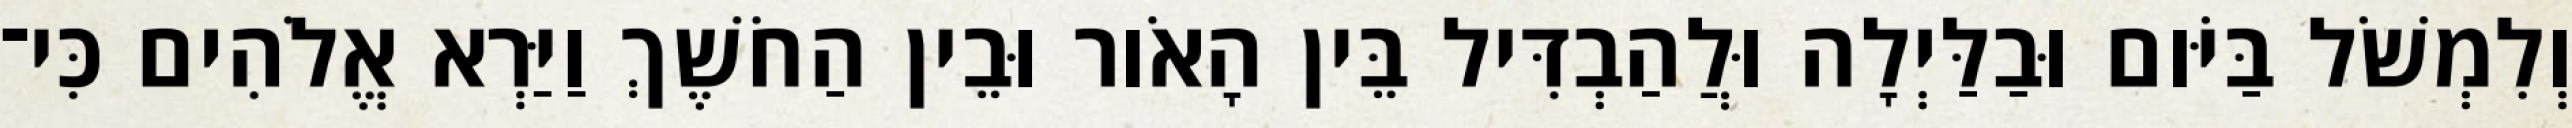
וְלִמְשֹׁל בַּיֹּום וּבַלַּיְלָה וּלֲהַבְדִּיל בֵּין הָאֹור וּבֵין הַחֹשֶׁךְ וַיַּרְא אֱלֹהִים כִּי־